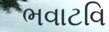
ભવાટવિ